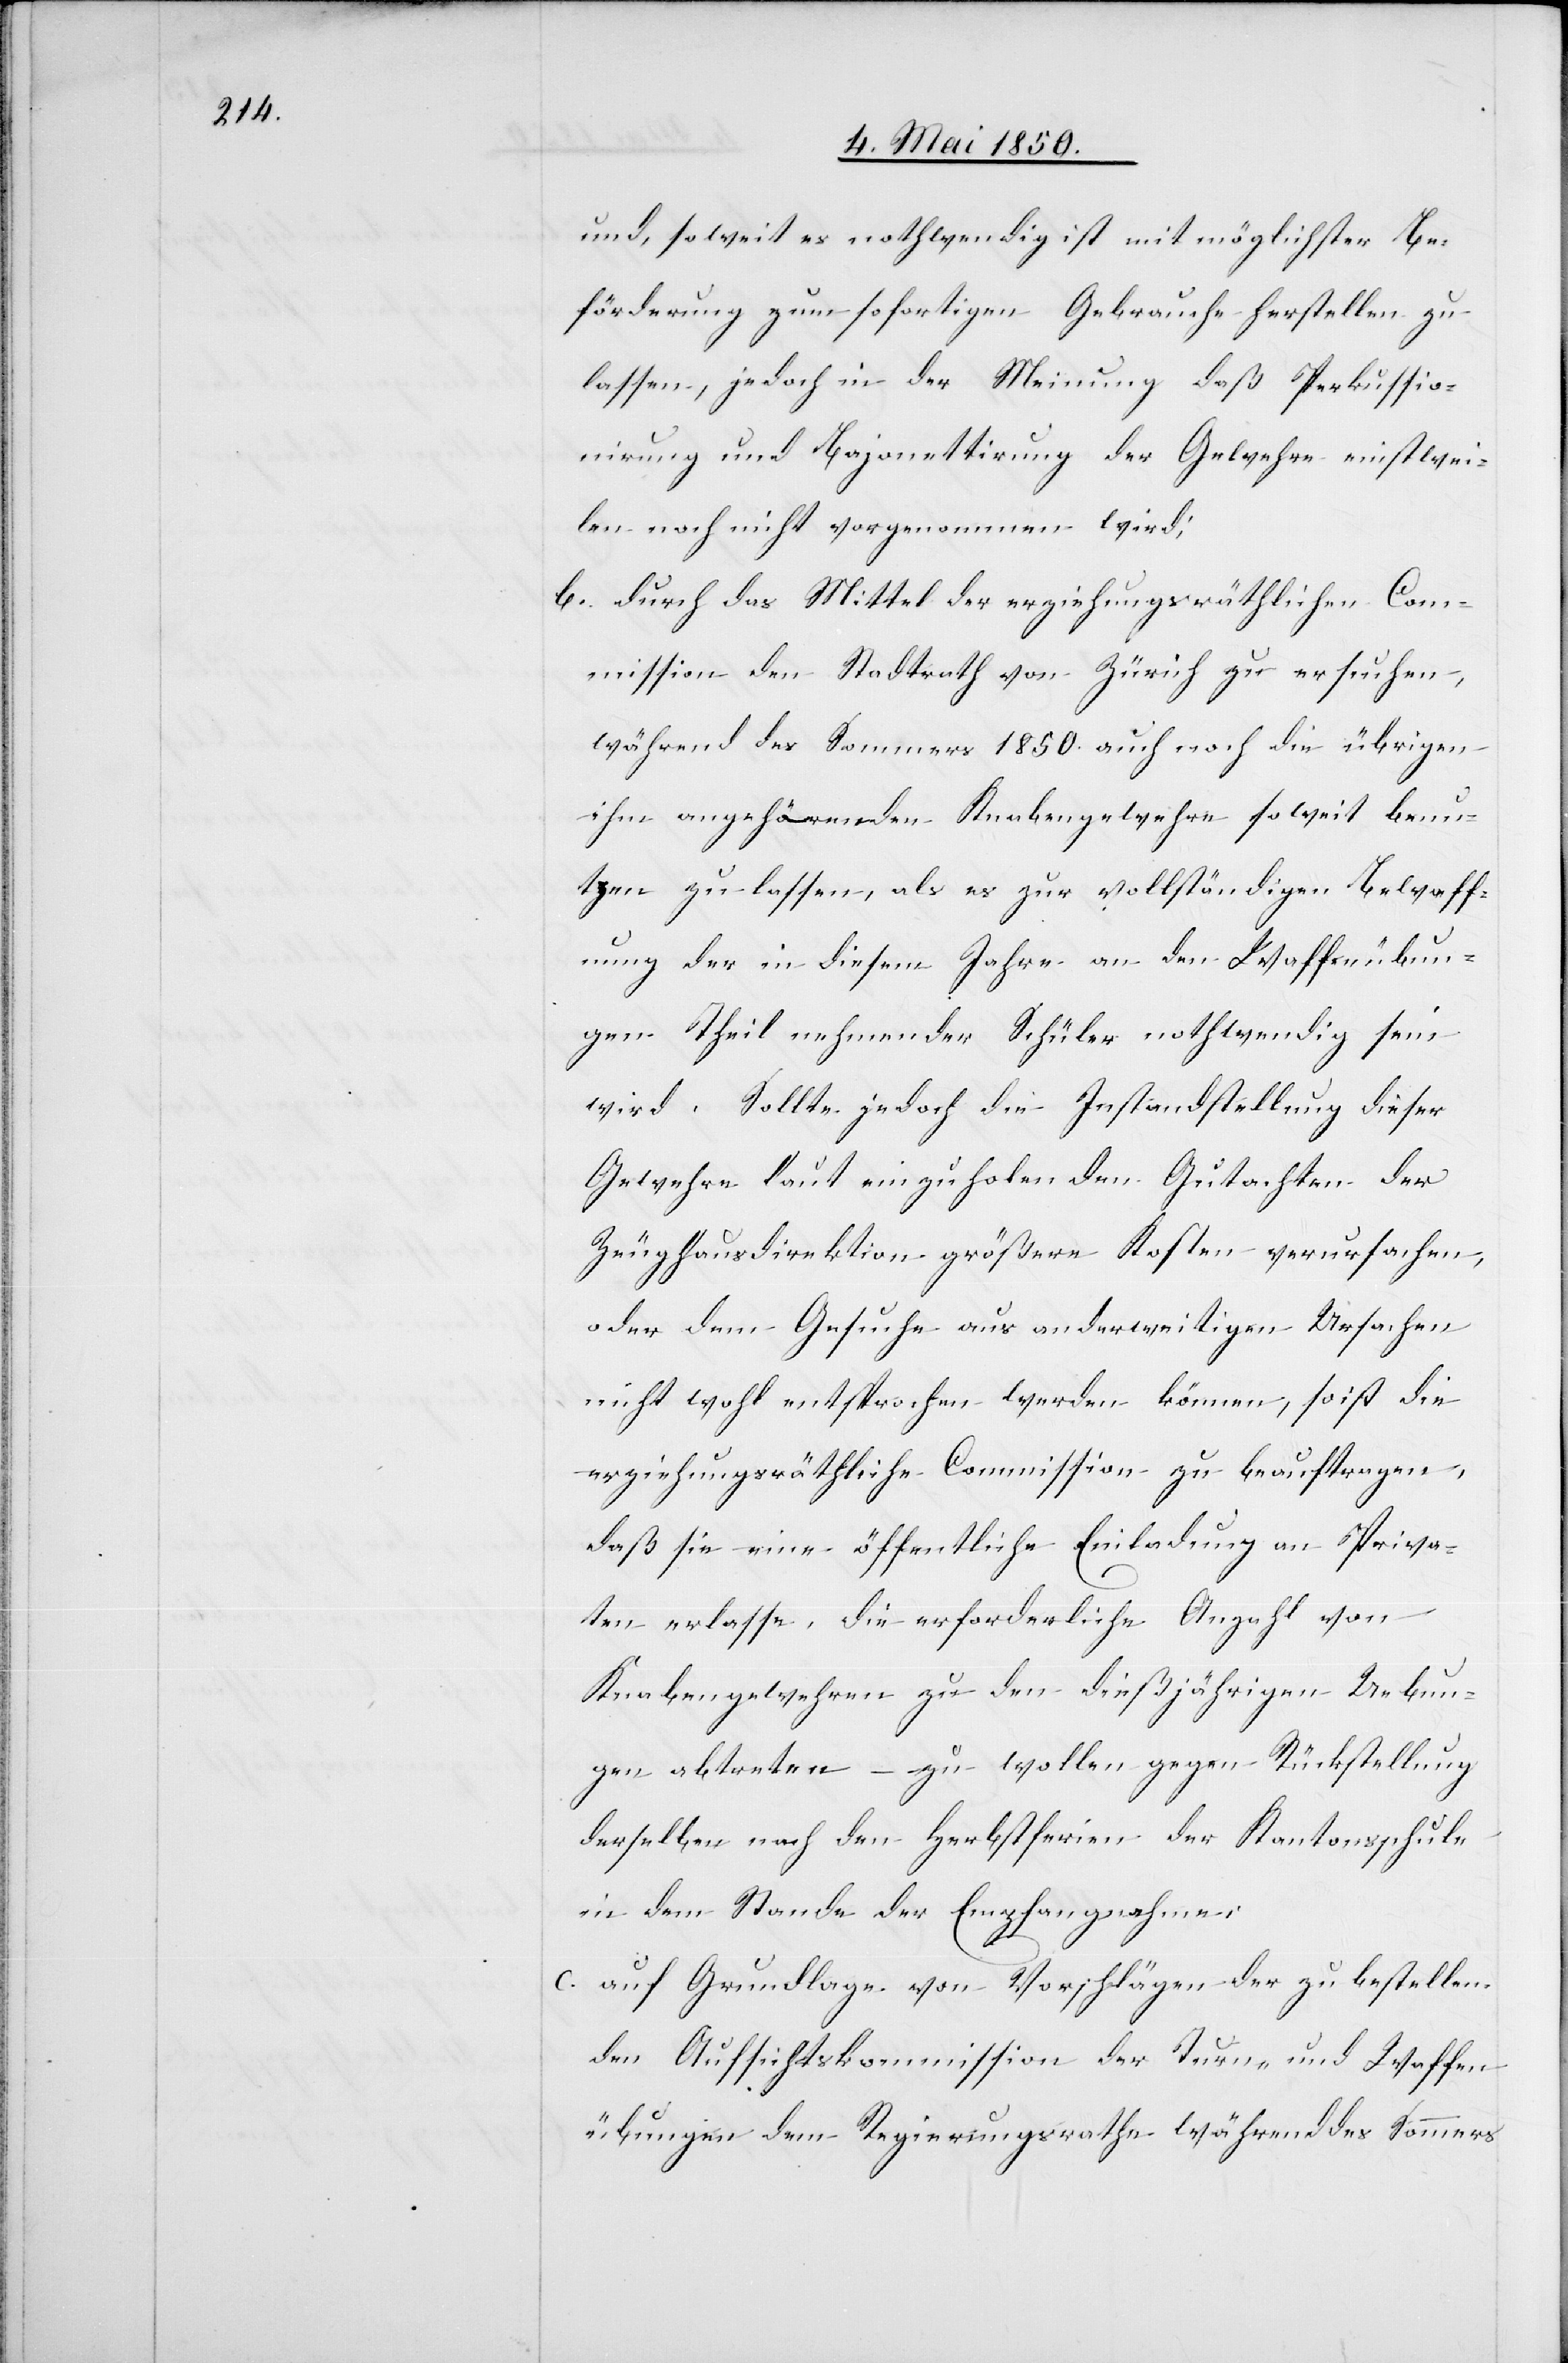
und, so weit es nothwendig ist mit möglichster Be¬
förderung zum sofortigen Gebrauche herstellen zu
lassen, jedoch in der Meinung daß Perkussio¬
nirung und Bajonettirung der Gewehre einstwei¬
len noch nicht vorgenommen wird;
b. durch das Mittel der erziehungsräthlichen Com¬
mission den Stadtrath von Zürich zu ersuchen,
während des Sommers 1850. auch noch die übrigen
ihm angehörenden Knabengewehre soweit benu¬
tzen zu lassen, als es zur vollständigen Bewaff¬
nung der in diesem Jahre an den Waffenübun¬
gen Theil nehmender Schüler nothwendig sein
wird. Sollte jedoch die Instandstellung dieser
Gewehre laut einzuholenden Gutachten der
Zeughausdirektion größere Kosten verursachen,
oder dem Gesuche aus anderweitigen Ursachen
nicht wohl entsprochen werden können, so ist die
erziehungsräthliche Commission zu beauftragen,
daß sie eine öffentliche Einladung an Priva¬
ten erlasse, die erforderliche Anzahl von
Knabengewehren zu den dießjährigen Uebun¬
gen abtreten zu wollen gegen Rückstellung
derselben nach den Herbstferien der Kantonsschule
in dem Stande der Empfangnahme;
c. auf Grundlage von Vorschlägen der zu bestellen¬
den Aufsichtskommission der Turn- und Waffen¬
übungen dem Regierungsrathe während des Sommers